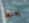
يخلط